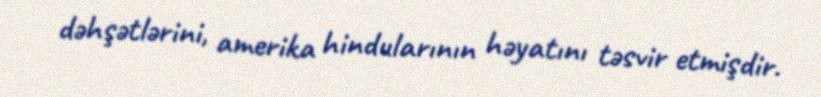
dəhşətlərini, amerika hindularının həyatını təsvir etmişdir.